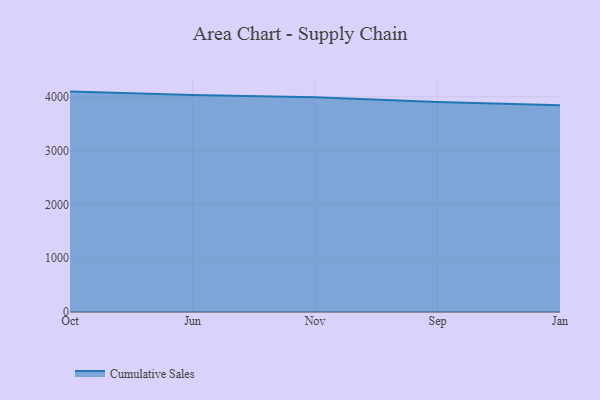
{"axis": {"x": "Month", "y": "Shipments"}, "legend": ["Cumulative Sales"], "data": [{"x": "Oct", "y": 4096.5, "type": "Cumulative Sales"}, {"x": "Jun", "y": 4033.8, "type": "Cumulative Sales"}, {"x": "Nov", "y": 3992.6, "type": "Cumulative Sales"}, {"x": "Sep", "y": 3901.0, "type": "Cumulative Sales"}, {"x": "Jan", "y": 3842.8, "type": "Cumulative Sales"}]}